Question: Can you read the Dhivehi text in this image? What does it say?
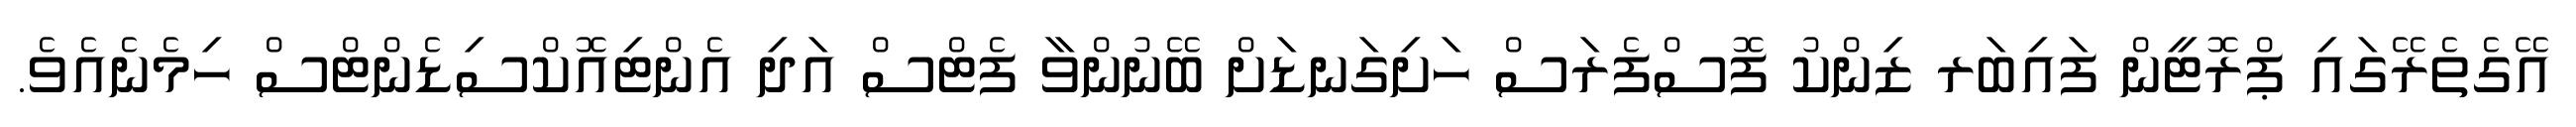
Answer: އޭގެތެރޭގައި ޕްރޮޓީން ފައިބަރ ޒިންކު ފޮސްފެރަސް ހަށިގަނޑަށް ބޭނުންވާ ފެޓްސް އަދި އެންޓިއޮކްސިޑެންޓްސް ހިމެނެއެވެ.